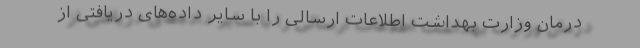
درمان وزارت بهداشت اطلاعات ارسالی را با سایر داده‌های دریافتی از